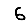
Digit: 6